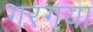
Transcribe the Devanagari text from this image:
गरगया